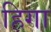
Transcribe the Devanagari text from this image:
हिगा